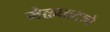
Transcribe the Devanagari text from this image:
मेळघाटाचे